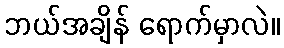
ဘယ်အချိန် ရောက်မှာလဲ။